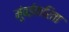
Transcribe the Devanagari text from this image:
मुंबईकरिता